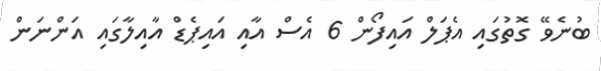
ބުނެވޭ ގޮތުގައި އެޕަލް އައިފޯން 6 އެސް އާއި އައިޕެޑް އާއިލާގައި އަންނަން